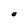
Character: O